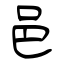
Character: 邑